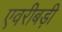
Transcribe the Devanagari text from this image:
एवरीबड़ी